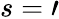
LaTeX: s=\prime